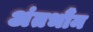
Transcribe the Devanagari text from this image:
अंतभौंम